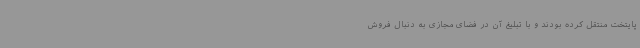
پایتخت منتقل کرده بودند و با تبلیغ آن در فضای مجازی به دنبال فروش